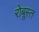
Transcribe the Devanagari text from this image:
रोबूस्त